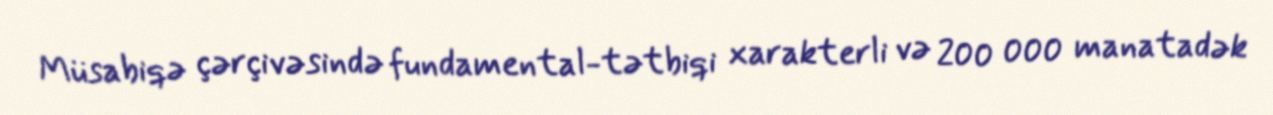
Müsabiqə çərçivəsində fundamental-tətbiqi xarakterli və 200 000 manatadək